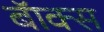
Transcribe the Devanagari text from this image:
बॅाक्स